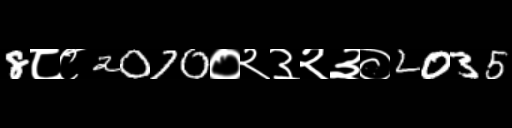
Text: 8८८2070०२३२३०2035